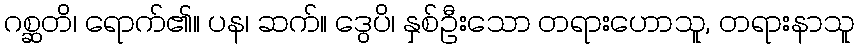
ဂစ္ဆတိ၊ ရောက်၏။ ပန၊ ဆက်။ ဒွေပိ၊ နှစ်ဦးသော တရားဟောသူ, တရားနာသူ